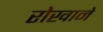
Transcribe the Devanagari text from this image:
रोखाने